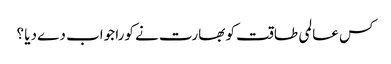
کس عالمی طاقت کو بھارت نے کورا جواب دے دیا ؟